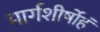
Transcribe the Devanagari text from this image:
मार्गशीर्षोहं